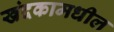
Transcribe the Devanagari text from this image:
खंदकामधील